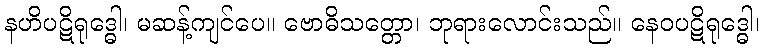
နဟိပဋိရုဒ္ဓေါ၊ မဆန့်ကျင်ပေ။ ဗောဓိသတ္တော၊ ဘုရားလောင်းသည်။ နေဝပဋိရုဒ္ဓေါ၊